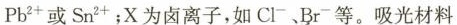
Pb^{2+}或Sn^{2+}；X为卤离子，如Cl^{&}Br^{&}等，吸光材料